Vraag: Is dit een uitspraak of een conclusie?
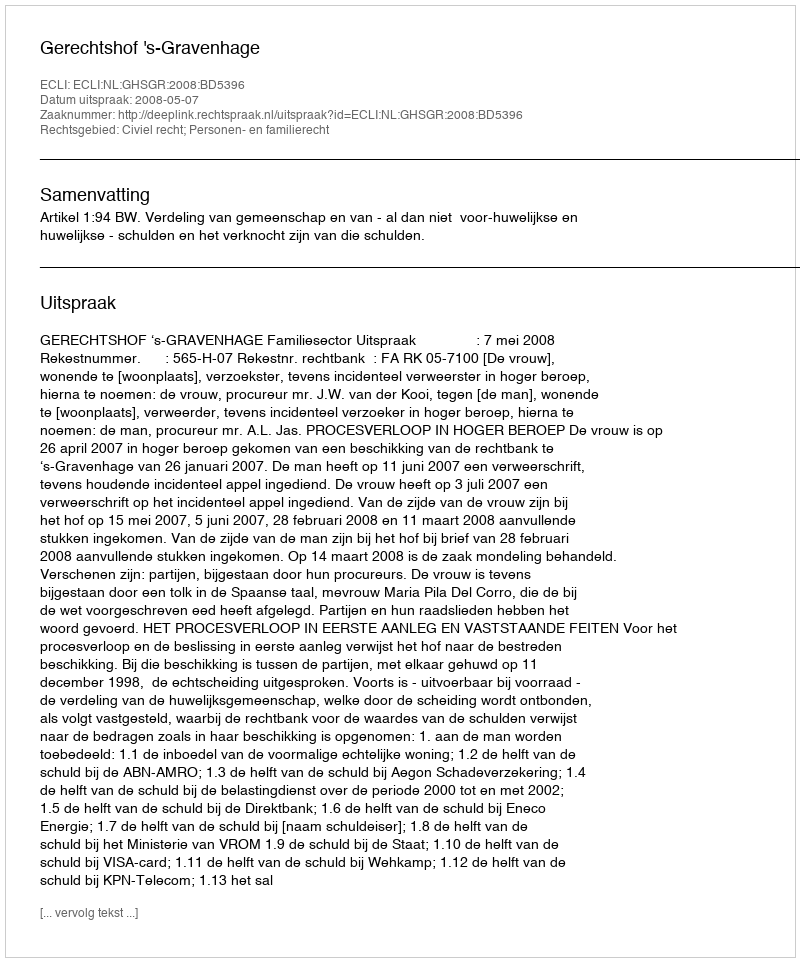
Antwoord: Uitspraak